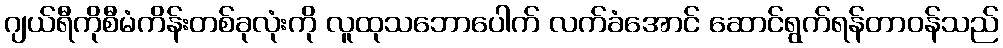
ဂျယ်ရီကိုစီမံကိန်းတစ်ခုလုံးကို လူထုသဘောပေါက် လက်ခံအောင် ဆောင်ရွက်ရန်တာဝန်သည်